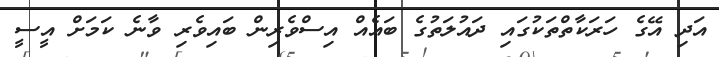
އަދި އޭގެ ހަރަކާތްތަކުގައި ދައުލަތުގެ ބައެއް އިސްވެރިން ބައިވެރި ވާނެ ކަމަށް އީސީ